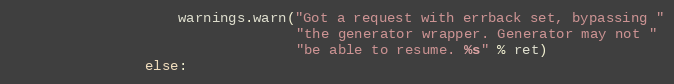
Language: Python
                    warnings.warn("Got a request with errback set, bypassing "
                                  "the generator wrapper. Generator may not "
                                  "be able to resume. %s" % ret)
                else: